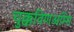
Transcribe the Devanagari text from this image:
चुक्कविणअम्मि